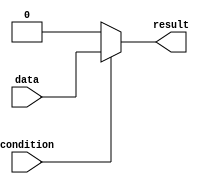
module if_else_statement (
    input wire condition,
    input wire data,
    output reg result
);

always @ (*) begin
    if (condition) begin
        result = data;
    end else begin
        result = 0;
    end
end

endmodule